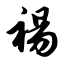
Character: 裼